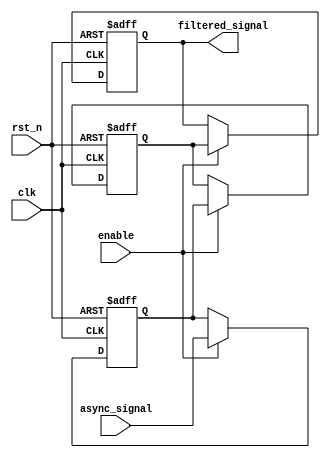
module meta_stability_filter (
    input wire clk,             // Receiving clock
    input wire rst_n,           // Active low reset
    input wire enable,          // Enable signal
    input wire async_signal,     // Asynchronous input signal
    output reg filtered_signal   // Synchronized output signal
);

    // Internal signals for first and second flip-flop outputs
    reg ff1_out, ff2_out;

    // Dual flip-flop synchronizer
    always @(posedge clk or negedge rst_n) begin
        if (!rst_n) begin
            ff1_out <= 1'b0; // Initialize first flip-flop
        end else if (enable) begin
            ff1_out <= async_signal; // Sample the asynchronous signal
        end
    end

    always @(posedge clk or negedge rst_n) begin
        if (!rst_n) begin
            ff2_out <= 1'b0; // Initialize second flip-flop
        end else if (enable) begin
            ff2_out <= ff1_out; // Sample the output of the first flip-flop
        end
    end

    // Output the synchronized signal
    always @(posedge clk or negedge rst_n) begin
        if (!rst_n) begin
            filtered_signal <= 1'b0; // Initialize output
        end else if (enable) begin
            filtered_signal <= ff2_out; // Output the synchronized signal
        end
    end

endmodule